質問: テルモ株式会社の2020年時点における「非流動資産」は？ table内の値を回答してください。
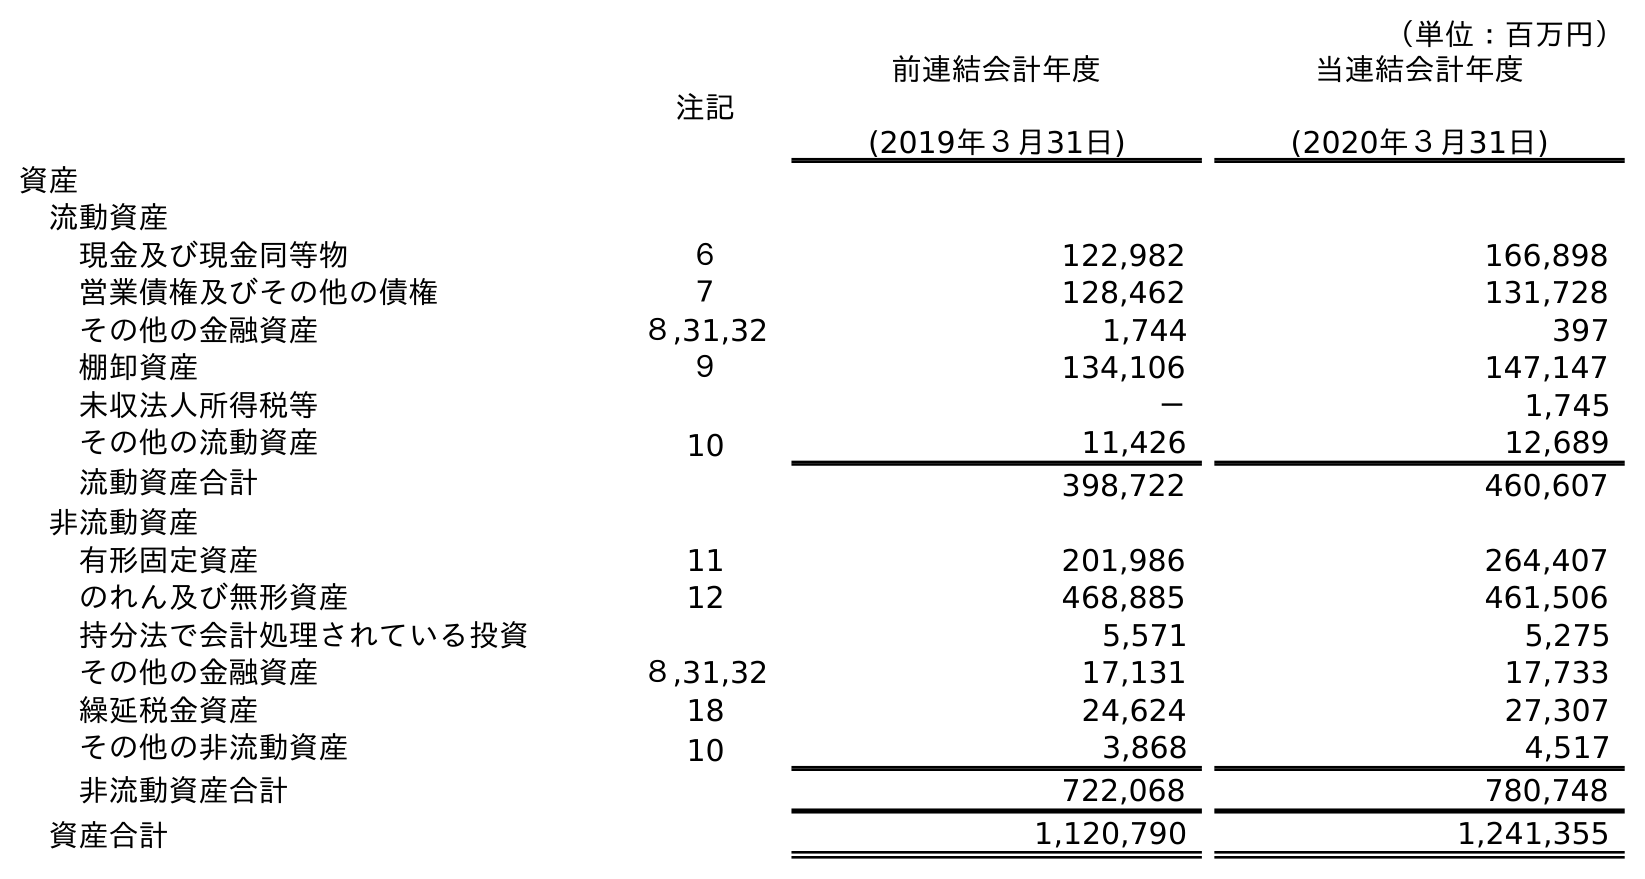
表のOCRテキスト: （単位：百万円） 注記 前連結会計年度 (2019年３月31日) 当連結会計年度 (2020年３月31日) 資産 流動資産 現金及び現金同等物 ６ 122,982 166,898 営業債権及びその他の債権 ７ 128,462 131,728 その他の金融資産 ８,31,32 1,744 397 棚卸資産 ９ 134,106 147,147 未収法人所得税等 － 1,745 その他の流動資産 10 11,426 12,689 流動資産合計 398,722 460,607 非流動資産 有形固定資産 11 201,986 264,407 のれん及び無形資産 12 468,885 461,506 持分法で会計処理されている投資 5,571 5,275 その他の金融資産 ８,31,32 17,131 17,733 繰延税金資産 18 24,624 27,307 その他の非流動資産 10 3,868 4,517 非流動資産合計 722,068 780,748 資産合計 1,120,790 1,241,355
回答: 780,748